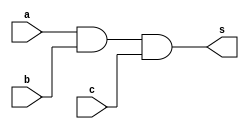
//-------------------------
//	Exemplo0013-AND
// Nome: Wellington Santos Corra
//-------------------------

//-------------------------
//--and gate
//-------------------------

module andgate ( output s,
						input a,
						input b,
						input c);
 assign s = a & b & c;
endmodule // andgate

//---------------------
//--test and gate
//---------------------
module testandgate;
//-------------------------dados locais
reg a, b, c; // definir registradores
wire s;
			// definir conexao (fio)
//-------------------------instancia
andgate AND1 (s, a, b, c);
//-------------------------preparacao
initial begin:start
				// atribuicao simultanea
				// dos valores iniciais
 a=0; b=0; c=0;
end
//-------------------------parte principal

initial begin
	$display("Exemplo0013 - Wellington Santos Corra - 472047");
	$display("Test AND gate");
	$display("\na & b & c = s\n");
	a=0; b=0; c=0;
#1	$display("%b & %b & %b = %b", a, b, c, s);
	a=0; b=0; c=1;
#1	$display("%b & %b & %b = %b", a, b, c, s);
	a=0; b=1; c=0;
#1	$display("%b & %b & %b = %b", a, b, c, s);
	a=0; b=1; c=1;
#1	$display("%b & %b & %b = %b", a, b, c, s);
	a=1; b=0; c=0;
#1	$display("%b & %b & %b = %b", a, b, c, s);
	a=1; b=0; c=1;
#1	$display("%b & %b & %b = %b", a, b, c, s);
	a=1; b=1; c=0;
#1	$display("%b & %b & %b = %b", a, b, c, s);
	a=1; b=1; c=1;
#1	$display("%b & %b & %b = %b", a, b, c, s);

end

endmodule // testandgate